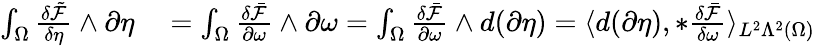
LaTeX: \begin{array}{rl}{\int_{\Omega}\frac{\delta\tilde{\mathcal{F}}}{\delta\eta}\wedge\partial\eta}&{{}=\int_{\Omega}\frac{\delta\bar{\mathcal{F}}}{\partial\omega}\wedge\partial\omega=\int_{\Omega}\frac{\delta\bar{\mathcal{F}}}{\partial\omega}\wedge d(\partial\eta)=\langle d(\partial\eta),\ast\frac{\delta\bar{\mathcal{F}}}{\delta\omega}\rangle_{L^{2}\Lambda^{2}(\Omega)}}\end{array}